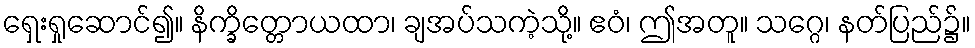
ရှေးရှုဆောင်၍။ နိက္ခိတ္တောယထာ၊ ချအပ်သကဲ့သို့။ ဧဝံ၊ ဤအတူ။ သဂ္ဂေ၊ နတ်ပြည်၌။